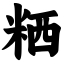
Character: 粞